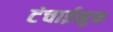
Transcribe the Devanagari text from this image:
टंचाईमुक्त